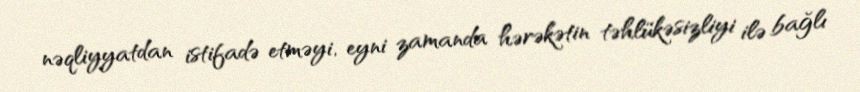
nəqliyyatdan istifadə etməyi, eyni zamanda hərəkətin təhlükəsizliyi ilə bağlı